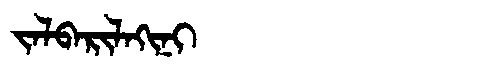
Manchu: ᠵᠠᠯᠪᠠᡵᡳᠯᠠᡴᡳᠨᡳ
Romanization: JALBARILAKINI